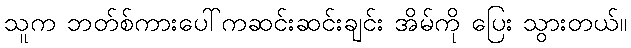
သူက ဘတ်စ်ကားပေါ်ကဆင်းဆင်းချင်း အိမ်ကို ပြေး သွားတယ်။